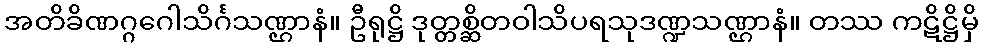
အတိခိဏဂ္ဂဂေါသိင်္ဂသဏ္ဌာနံ။ ဦရုဋ္ဌိ ဒုတ္တစ္ဆိတဝါသိပရသုဒဏ္ဍသဏ္ဌာနံ။ တဿ ကဋိဋ္ဌိမှိ